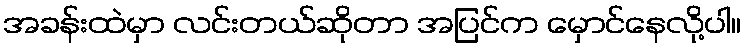
အခန်းထဲမှာ လင်းတယ်ဆိုတာ အပြင်က မှောင်နေလို့ပါ။